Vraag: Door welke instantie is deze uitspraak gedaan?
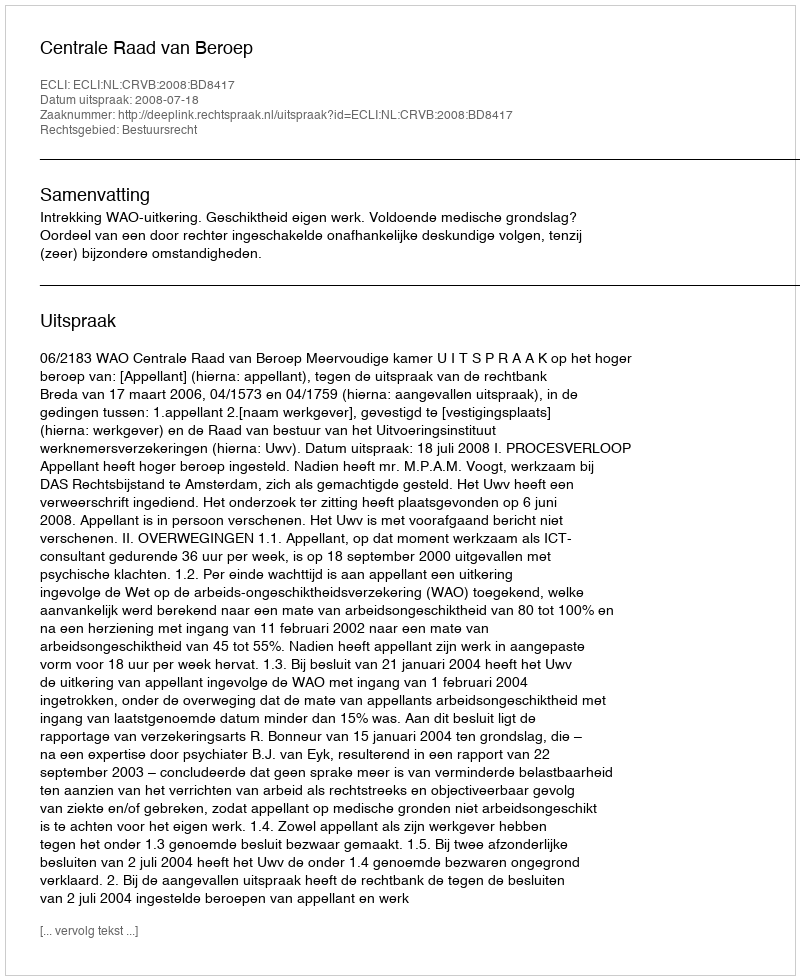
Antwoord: Centrale Raad van Beroep